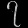
Digit: ၇